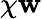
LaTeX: \chi\mathbf{w}